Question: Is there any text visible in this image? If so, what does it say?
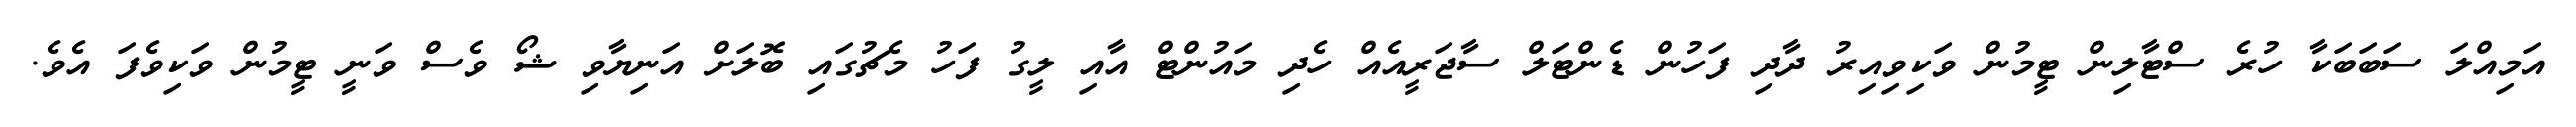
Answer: އަމިއްލަ ސަބަބަކާ ހުރެ ސްޓާލިން ޓީމުން ވަކިވިއިރު ދާދި ފަހުން ޑެންޓަލް ސާޖަރީއެއް ހެދި މައުންޓް އާއި ލީގު ފަހު މެޗުގައި ބޮލަށް އަނިޔާވި ޝޯ ވެސް ވަނީ ޓީމުން ވަކިވެފަ އެވެ.